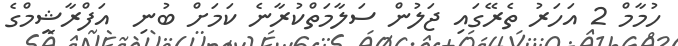
ހުމާމް 2 އަހަރު ތެރޭގައި ޖަލުން ސަލާމަތްކުރާނެ ކަމަށް ބުނި  އަފްރާޝީމްގެ